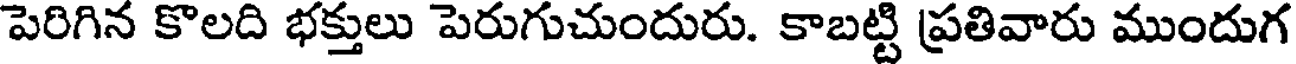
పెరిగిన కొలది భక్తులు పెరుగుచుందురు. కాబట్టి ప్రతివారు ముందుగ